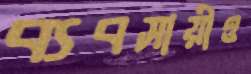
ব্যবসায়ীও